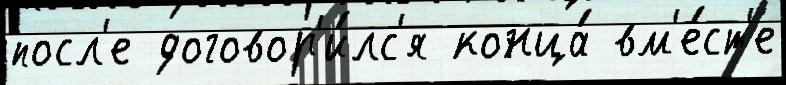
посл'е договор'и́лс'я конца́ вм'е́ст'е